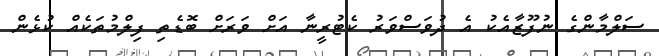
ސަލްމާންގެ ނުފޫޒާއެކު އެ ދުވަސްވަރު ކެޓުރީނާ އަށް ވަރަށް ބޮޑެތި ފިލްމުތަކެއް ކުޅެން